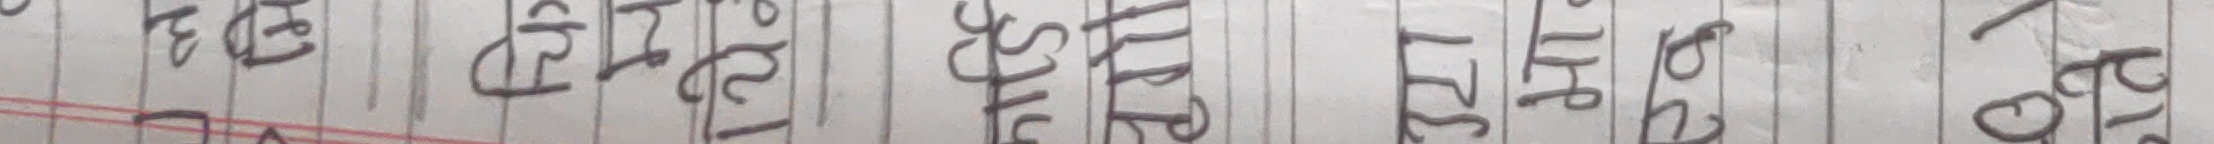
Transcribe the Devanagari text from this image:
बारेमा थप